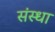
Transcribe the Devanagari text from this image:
संस्धा